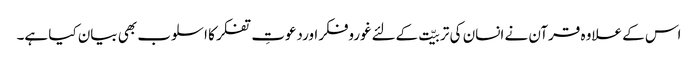
اس کے علاوہ قرآن نے انسان کی تربیّت کےلئےغوروفکراوردعوتِ تفکر کا اسلوب بھی بیان کیا ہے۔